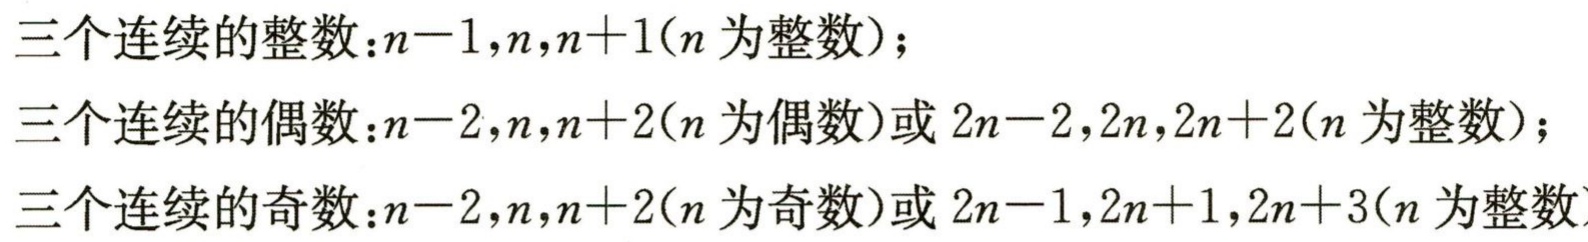
三个连续的整数：\(n - 1,n,n + 1\)（\(n\)为整数）；
三个连续的偶数：\(n - 2,n,n + 2\)（\(n\)为偶数）或 \(2n - 2,2n,2n + 2\)（\(n\)为整数）；
三个连续的奇数：\(n - 2,n,n + 2\)（\(n\)为奇数）或 \(2n - 1,2n + 1,2n + 3\)（\(n\)为整数）